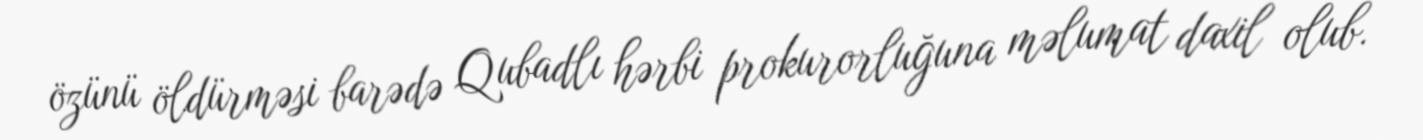
özünü öldürməsi barədə Qubadlı hərbi prokurorluğuna məlumat daxil olub.